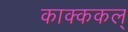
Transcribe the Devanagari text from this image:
काक्ककल्